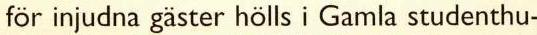
för injudna gäster hölls i Gamla studenthu-